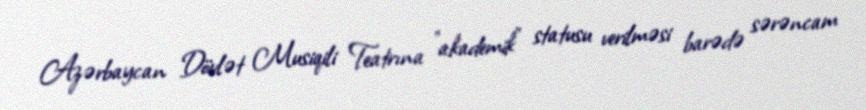
Azərbaycan Dövlət Musiqili Teatrına "akademik" statusu verilməsi barədə sərəncam